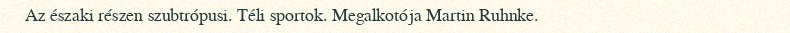
Az északi részen szubtrópusi. Téli sportok. Megalkotója Martin Ruhnke.